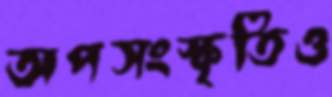
অপসংস্কৃতিও